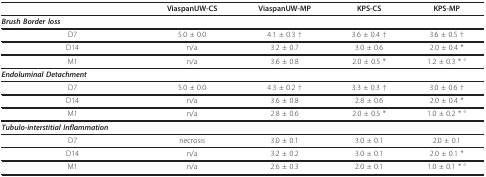
<table><thead><tr><td></td><td><b>ViaspanUW-CS</b></td><td><b>ViaspanUW-MP</b></td><td><b>KPS-CS</b></td><td><b>KPS-MP</b></td></tr></thead><tbody><tr><td><b><i>Brush Border loss</i></b></td><td></td><td></td><td></td><td></td></tr><tr><td>D7</td><td>5.0 ± 0.0</td><td>4.1 ± 0.3 †</td><td>3.6 ± 0.4 †</td><td>3.6 ± 0.5 †</td></tr><tr><td>D14</td><td>n/a</td><td>3.2 ± 0.7</td><td>3.0 ± 0.6</td><td>2.0 ± 0.4 *</td></tr><tr><td>M1</td><td>n/a</td><td>3.6 ± 0.8</td><td>2.0 ± 0.5 *</td><td>1.2 ± 0.3 * °</td></tr><tr><td><b><i>Endoluminal Detachment</i></b></td><td></td><td></td><td></td><td></td></tr><tr><td>D7</td><td>5.0 ± 0.0</td><td>4.3 ± 0.2 †</td><td>3.3 ± 0.3 †</td><td>3.0 ± 0.6 †</td></tr><tr><td>D14</td><td>n/a</td><td>3.6 ± 0.8</td><td>2.8 ± 0.6</td><td>2.0 ± 0.4 *</td></tr><tr><td>M1</td><td>n/a</td><td>2.8 ± 0.6</td><td>2.0 ± 0.5 *</td><td>1.0 ± 0.2 * °</td></tr><tr><td><b><i>Tubulo-interstitial Inflammation</i></b></td><td></td><td></td><td></td><td></td></tr><tr><td>D7</td><td>necrosis</td><td>3.0 ± 0.1</td><td>3.0 ± 0.1</td><td>2.0 ± 0.1</td></tr><tr><td>D14</td><td>n/a</td><td>3.2 ± 0.2</td><td>3.0 ± 0.1</td><td>2.0 ± 0.1 *</td></tr><tr><td>M1</td><td>n/a</td><td>2.6 ± 0.3</td><td>2.0 ± 0.1</td><td>1.0 ± 0.1 * °</td></tr></tbody></table>